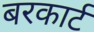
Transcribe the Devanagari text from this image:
बरकार्ट